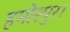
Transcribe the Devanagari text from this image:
हमीरपुर।